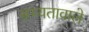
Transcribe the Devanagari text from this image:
सभ्यतावाले